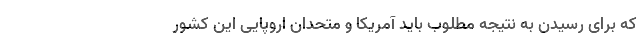
که برای رسیدن به نتیجه مطلوب باید آمریکا و متحدان اروپایی این کشور